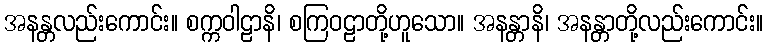
အနန္တလည်းကောင်း။ စက္ကဝါဠာနိ၊ စကြဝဠာတို့ဟူသော။ အနန္တာနိ၊ အနန္တာတို့လည်းကောင်း။